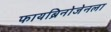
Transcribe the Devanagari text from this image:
फायब्रिनोजेनला